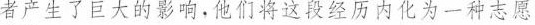
者产生了巨大的影响，他们将这段经历内化为一种志愿